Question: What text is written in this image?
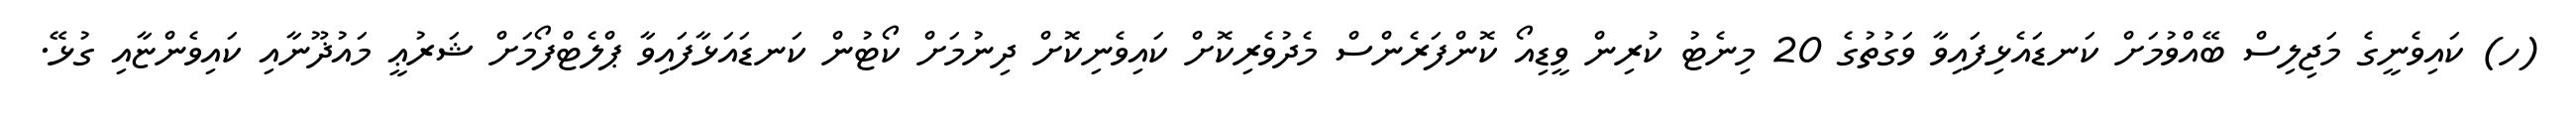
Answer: (ހ) ކައިވެނީގެ މަޖިލިސް ބޭއްވުމަށް ކަނޑައެޅިފައިވާ ވަގުތުގެ 20 މިނެޓު ކުރިން ވީޑިއޯ ކޮންފަރެންސް މެދުވެރިކޮށް ކައިވެނިކޮށް ދިނުމަށް ކޯޓުން ކަނޑައަޅާފައިވާ ޕްލެޓްފޯމަށް ޝަރުޢީ މައުޛޫނާއި ކައިވެންޏާއި ގުޅޭ.